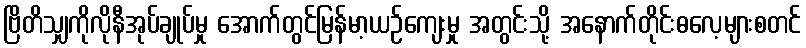
ဗြိတိသျှကိုလိုနီအုပ်ချုပ်မှု အောက်တွင်မြန်မာ့ယဉ်ကျေးမှု အတွင်းသို့ အနောက်တိုင်းဓလေ့များစတင်